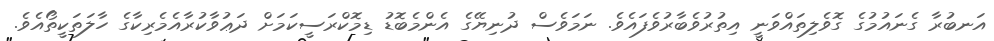
އަނބުރާ ގެނައުމުގެ ގޮވެލިތައްވަނީ އިތުރުވެބާރުވެފައެވެ. ނަމަވެސް ދުނިޔޭގެ އެންމެބޮޑު ޑިމޮކްރަސީކަމަށް ދަޢުވާކުރާއެމެރިކާގެ ހާލަތަކީތޯއެވެ.